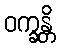
ဝက္ခန္တိ